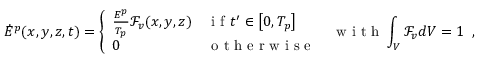
\dot { E } ^ { p } ( x , y , z , t ) = \left\{ \begin{array} { l l } { \frac { E ^ { p } } { T _ { p } } \mathcal { F } _ { v } ( x , y , z ) } & { \mathrm { ~ i ~ f ~ } t ^ { \prime } \in \left[ 0 , T _ { p } \right] } \\ { 0 } & { \mathrm { ~ o ~ t ~ h ~ e ~ r ~ w ~ i ~ s ~ e ~ } } \end{array} \right. \; \mathrm { ~ w ~ i ~ t ~ h ~ } \int _ { V } \mathcal { F } _ { v } d V = 1 \, \mathrm { ~ , ~ }